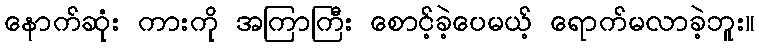
နောက်ဆုံး ကားကို အကြာကြီး စောင့်ခဲ့ပေမယ့် ရောက်မလာခဲ့ဘူး။